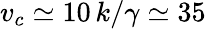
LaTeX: v_{c}\simeq 10\, k/\gamma\simeq 35